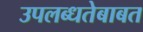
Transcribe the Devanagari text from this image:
उपलब्धतेबाबत